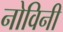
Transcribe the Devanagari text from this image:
नोविनी